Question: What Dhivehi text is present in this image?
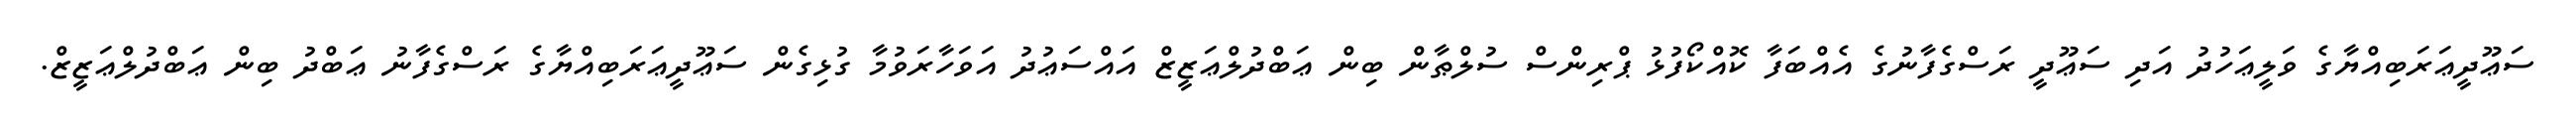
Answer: ސަޢޫދީޢަރަބިއްޔާގެ ވަލީޢަހުދު އަދި ސަޢޫދީ ރަސްގެފާނުގެ އެއްބަފާ ކޮއްކޯފުޅު ޕްރިންސް ސުލްޠާން ބިން ޢަބްދުލްޢަޒީޒް އައްސަޢުދު އަވަހާރަވުމާ ގުޅިގެން ސަޢޫދީޢަރަބިއްޔާގެ ރަސްގެފާނު ޢަބްދު ބިން ޢަބްދުލްޢަޒީޒް.